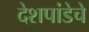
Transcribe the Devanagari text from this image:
देशपांडेचे